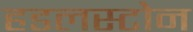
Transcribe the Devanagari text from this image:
हडलस्टोन